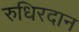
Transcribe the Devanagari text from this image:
रुधिरदान